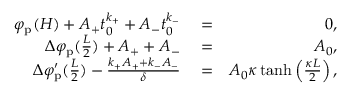
\begin{array} { r l r } { \varphi _ { \mathrm { p } } ( H ) + A _ { + } t _ { 0 } ^ { k _ { + } } + A _ { - } t _ { 0 } ^ { k _ { - } } } & { { } = } & { 0 , } \\ { \Delta \varphi _ { \mathrm { p } } ( \frac { L } { 2 } ) + A _ { + } + A _ { - } } & { { } = } & { A _ { 0 } , } \\ { \Delta \varphi _ { \mathrm { p } } ^ { \prime } ( \frac { L } { 2 } ) - \frac { k _ { + } A _ { + } + k _ { - } A _ { - } } { \delta } } & { { } = } & { A _ { 0 } \kappa \operatorname { t a n h } \left( \frac { \kappa L } { 2 } \right) , } \end{array}